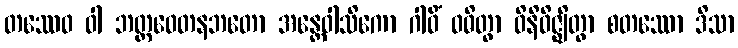
တဿေဝ ဝါ ဘတ္တဝေတနဘတော အန္တေဝါသိကော ဂါဝိံ ဝဓိတွာ ဝိနိဝိဇ္ဈိတွာ စတဿော ဒိသာ